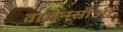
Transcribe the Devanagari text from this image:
वालेनसीआ